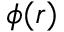
\phi ( r )